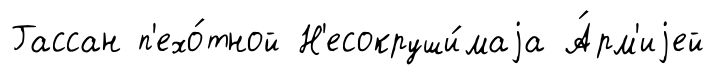
Гассан п'ехо́тной Н'есокруши́маjа А́рм'иjей